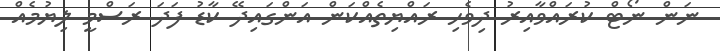
ނަން ނޯޓް ކުރައްވާއިރު ދިވެހި ރައްޔިތެއްކަން އަންގައިދޭ ކާޑު ފަދަ ރަސްމީ ލިޔުމެއް